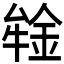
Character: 𰼪